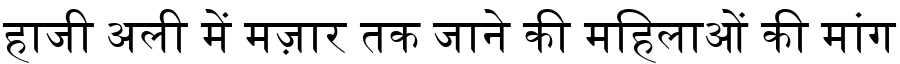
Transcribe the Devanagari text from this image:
हाजी अली में मज़ार तक जाने की महिलाओं की मांग